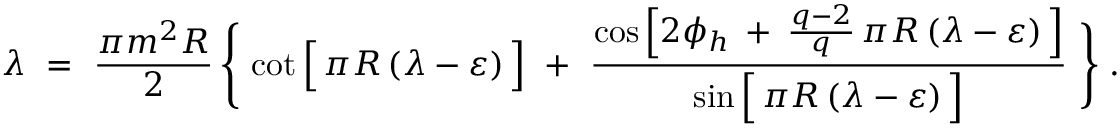
\lambda \ = \ \frac { \pi m ^ { 2 } R } { 2 } \, \Bigg \{ \, \cot \Big [ \, \pi R \, ( \lambda - \varepsilon ) \, \Big ] \ + \ \frac { \cos \Big [ 2 \phi _ { h } \: + \: \frac { q - 2 } { q } \, \pi R \, ( \lambda - \varepsilon ) \, \Big ] } { \sin \Big [ \, \pi R \, ( \lambda - \varepsilon ) \, \Big ] } \ \Bigg \} \; .